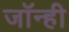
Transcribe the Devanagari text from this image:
जॉन्ही